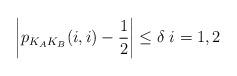
LaTeX: \begin{align*}\left|p_{K_AK_B}(i,i)-\frac12\right|\leq \delta\; i=1,2\end{align*}